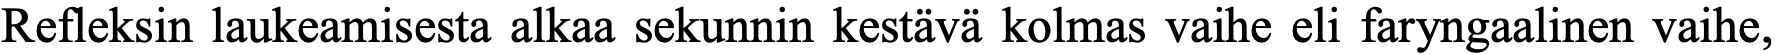
Refleksin laukeamisesta alkaa sekunnin kestävä kolmas vaihe eli faryngaalinen vaihe,